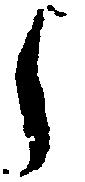
し